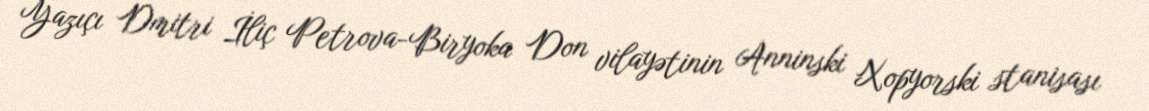
Yazıçı Dmitri İliç Petrova-Biryoka Don vilayətinin Anninski Xopyorski stanisası